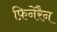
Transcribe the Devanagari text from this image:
फ़िनेरैन